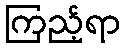
ကြည့်ရာ